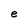
Character: e